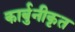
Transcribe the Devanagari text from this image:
कार्बुनीकृत